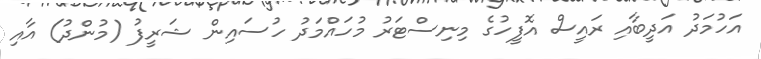
އަހުމަދު އަދީބާއި ރައީސް އޮފީހުގެ މިނިސްޓަރު މުހައްމަދު ހުސައިން ޝަރީފު (މުންދު) އާއި